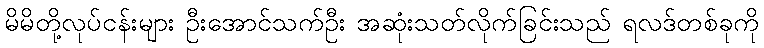
မိမိတို့လုပ်ငန်းများ ဦးအောင်သက်ဦး အဆုံးသတ်လိုက်ခြင်းသည် ရလဒ်တစ်ခုကို